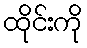
ထိုင်းကို